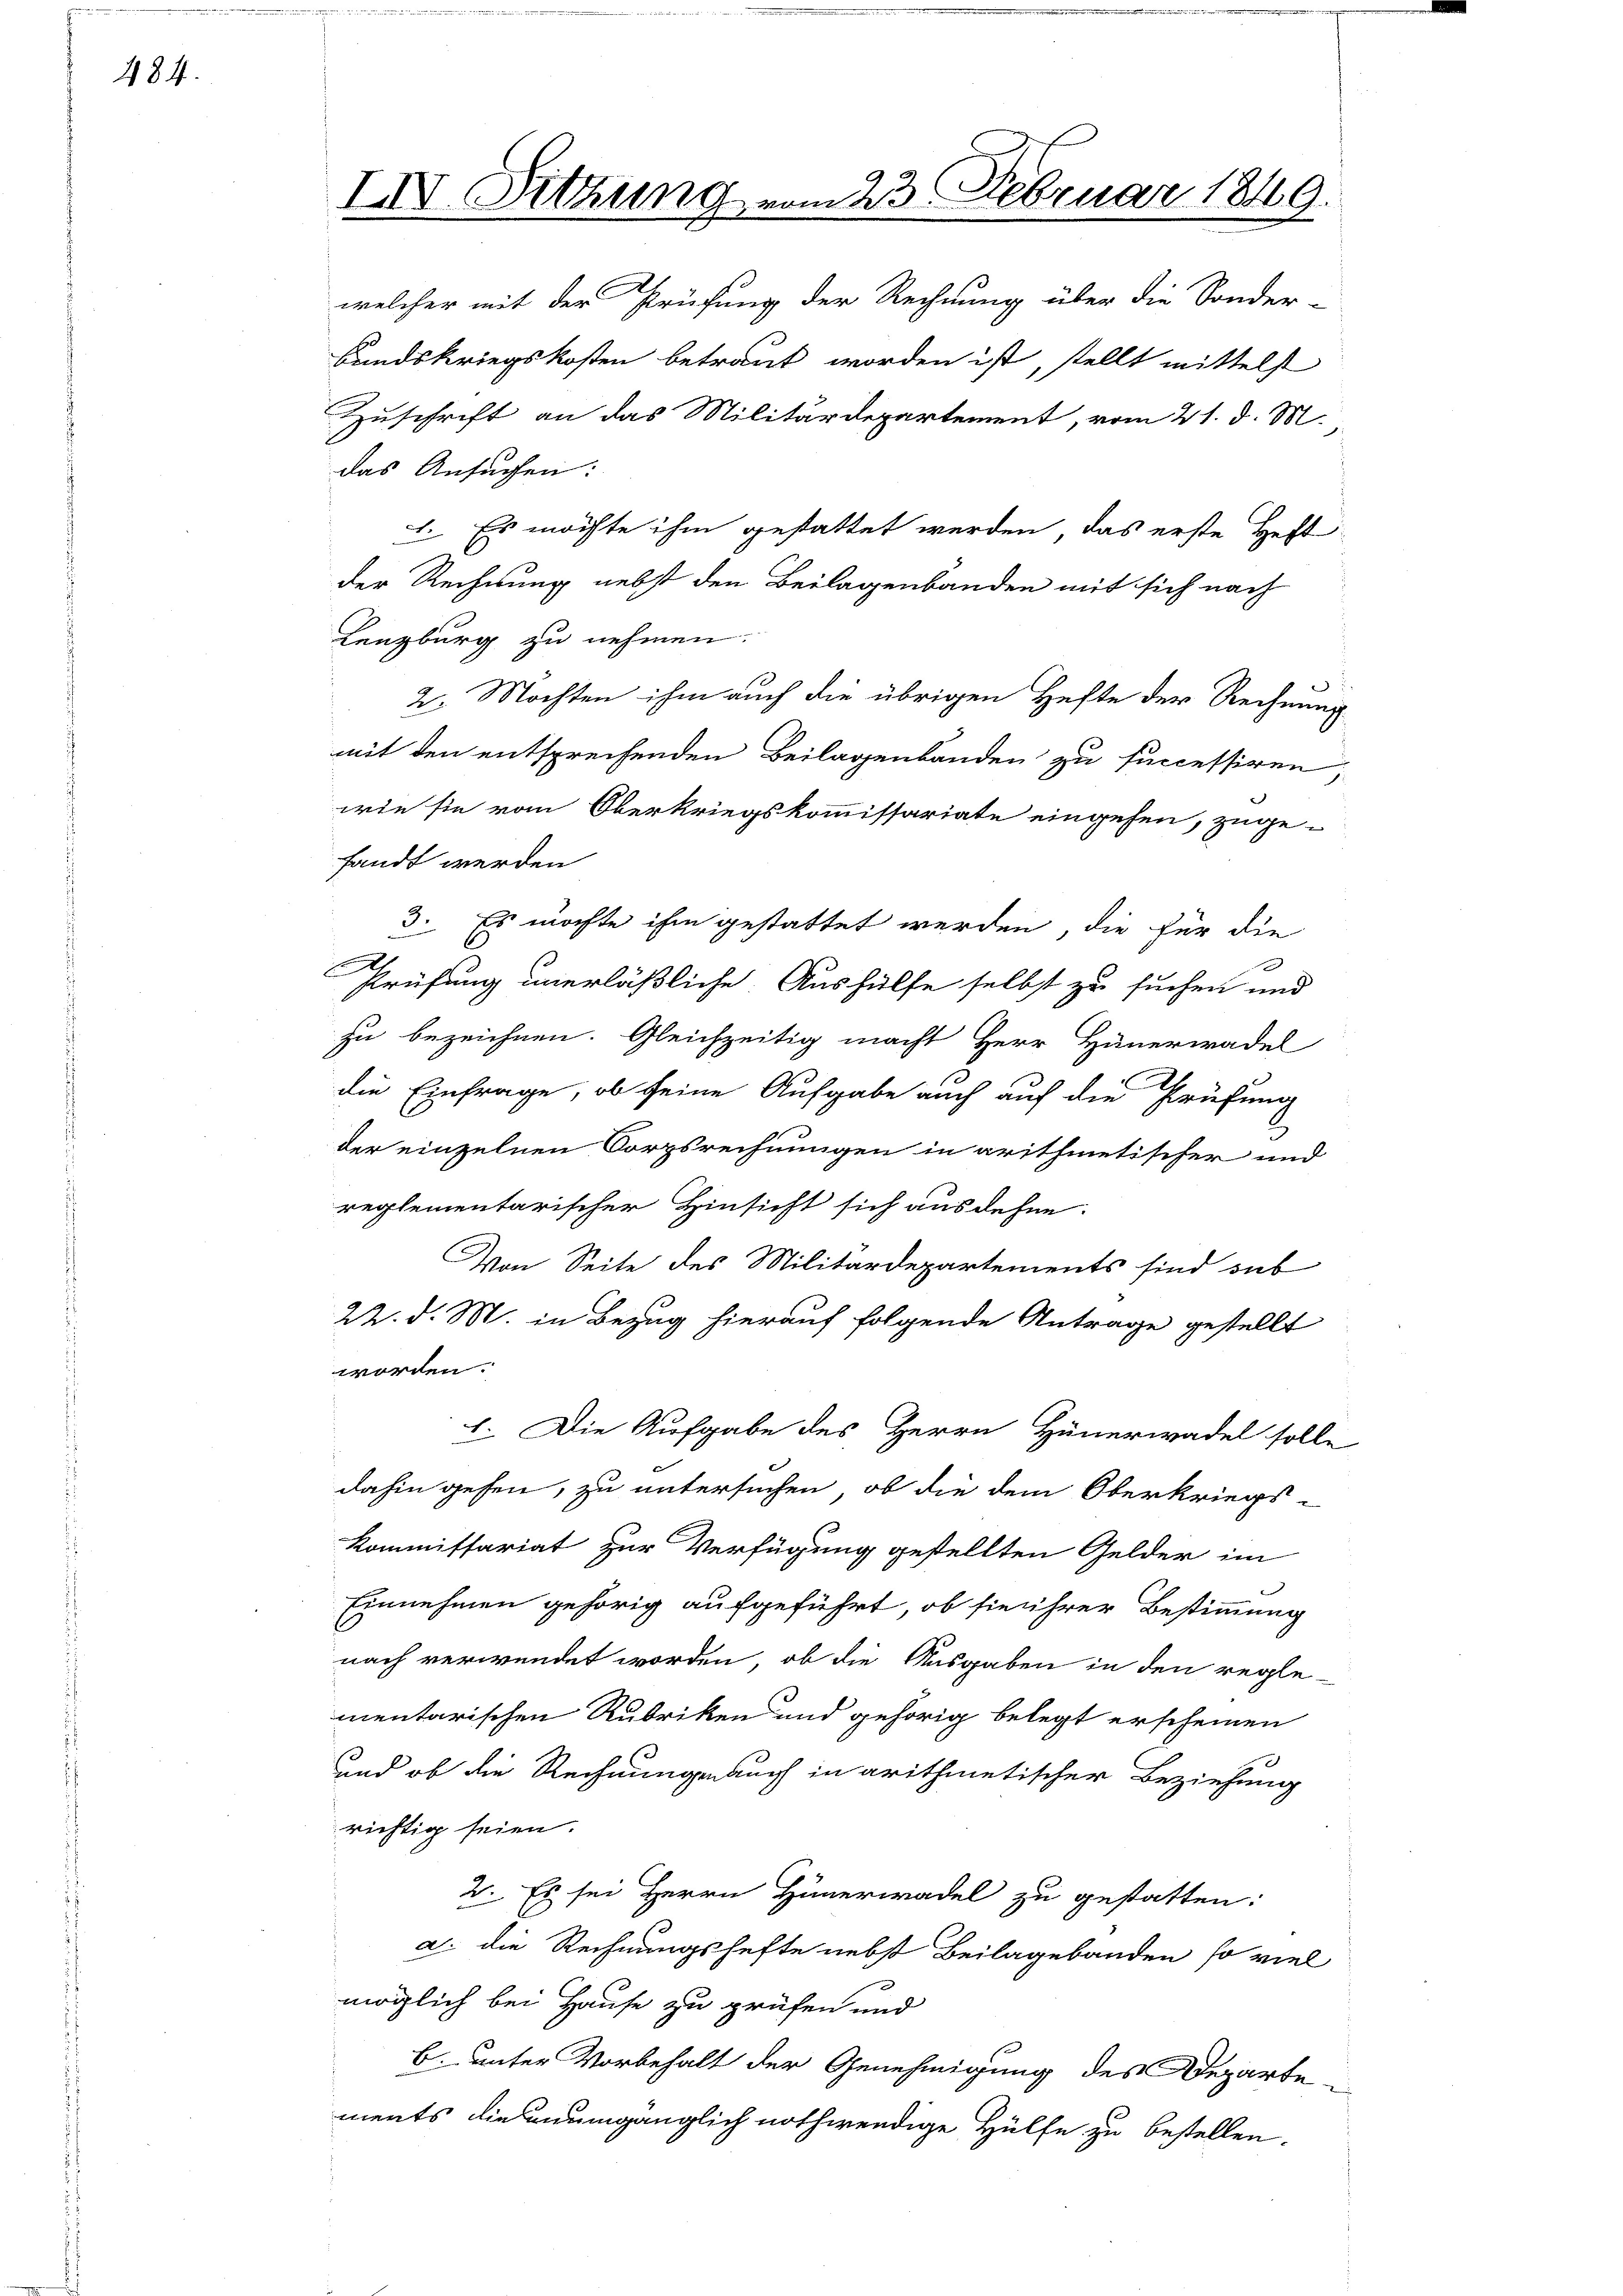
484.

welcher mit der Prüfung der Rechnung über die Sonder-
Landskriegskosten betraut worden ist, stellt mittelst
Zuschrift an das Militärdepartement, vom 21. d. M.
das Ansuchen:
1. Es möchte ihm gestattet werden, das erste Heft
der Rechnung nebst den Beilagenbanden mit sich nach
Lenzburg zu nehmen.
2. Mochten ihm auch die übrigen Hefte der Rechnung
mit den entsprechenden Beilagenbanden zu successiren,
wie sie vom Oberkriegskommissariate eingehen, zuge-
fandt werden
3. Es möchte ihm gestattet werden, die für die
e
Prüfung unerläßliche Aushülfe selbst zu suchen und
zu bezeichnen. Gleichzeitig macht Herr Hünerwadel
die Einfrage, ob seine Aufgabe auch auf die Prüfung
der einzelnen Corpsrechnungen in arithmetischer und
reglementarischer Hinsicht sich ausdehne.
Von Seite des Militärdepartements sind sub
22. d. M. in Bezug hierauf folgende Antrage gestellt
worden.
1. Die Aufgabe des Herrn Hünerwadel solle
dahin gehen, zu untersuchen, ob die dem Oberkriegs-
Kommissariat zur Verfügung gestellten Gelder im
Einnehmen gehörig aufgeführt, ob sie ihrer Bestimmung
nach verwendet worden, ob die Ausgaben in den regle-
mentarischen Rubriken und gehörig belegt erscheinen
und ob die Rechnung auch in arithmetischer Beziehung
richtig seien.
2. Es sei Herrn Hünerwadel zu gestatten:
a. die Rechnungshafte nebst Beilagebanden so viel
möglich bei Hause zu prüfen und
E. unter Vorbehalt der Genehmigung des Departements die unumgänglich nothwendige Hülfe zu bestellen.

IV. Sitzung vom 23. Februar 1849.